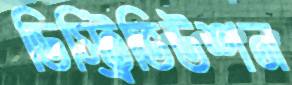
ডিস্ট্রিভিউশন